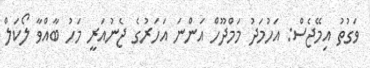
ވަގުތު އިމޭޖެސް: އަހުމަދު މަމްދޫހް އަންނަ އަހަރުގެ ޖެނުއަރީ މަހު ބާއްވާ ލޯކަލް